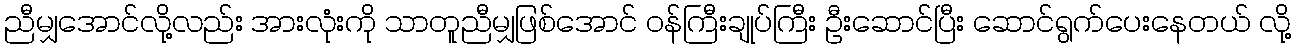
ညီမျှအောင်လို့လည်း အားလုံးကို သာတူညီမျှဖြစ်အောင် ဝန်ကြီးချုပ်ကြီး ဦးဆောင်ပြီး ဆောင်ရွက်ပေးနေတယ် လို့